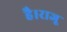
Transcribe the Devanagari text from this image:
है।राजू